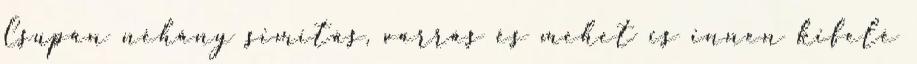
Csupán néhány simítás, varrás és mehet is innen kifelé